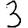
Digit: 3